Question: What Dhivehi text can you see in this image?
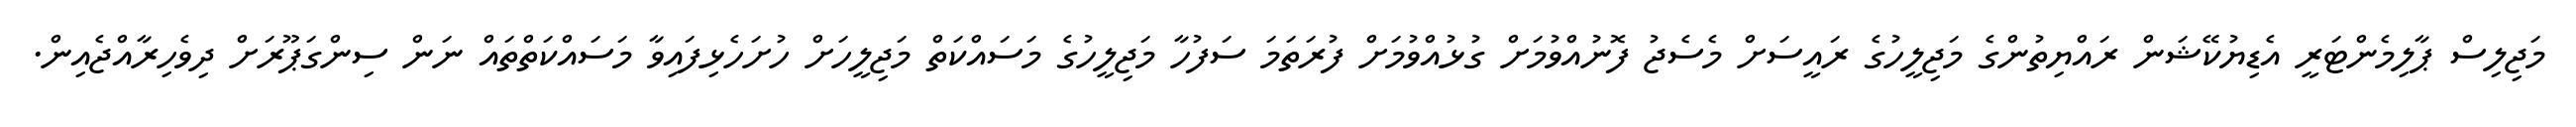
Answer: މަޖިލިސް ޕާލިމެންޓަރީ އެޑިޔުކޭޝަން ރައްޔިތުންގެ މަޖިލީހުގެ ރައީސަށް މެސެޖު ފޮނުއްވުމަށް ގުޅުއްވުމަށް ފުރަތަމަ ސަފުހާ މަޖިލީހުގެ މަސައްކަތް މަޖިލީހަށް ހުށަހެޅިފައިވާ މަސައްކަތްތައް ނަން ސިންގަޕޫރަށް ދިވެހިރާއްޖެއިން.